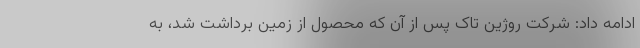
ادامه داد: شرکت روژین تاک پس از آن که محصول از زمین برداشت شد، به